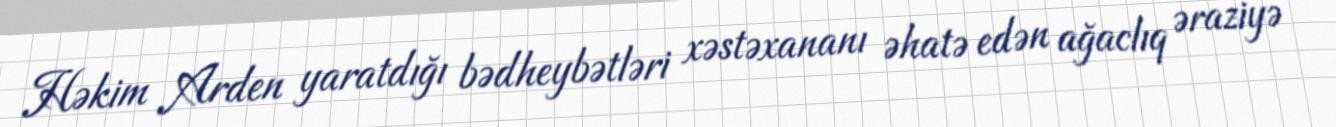
Həkim Arden yaratdığı bədheybətləri xəstəxananı əhatə edən ağaclıq əraziyə